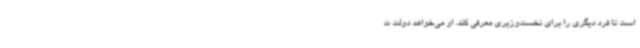
است تا فرد دیگری را برای نخست‌وزیری معرفی کند. او می‌خواهد دولت ت